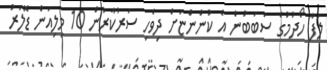
ލަފާ ހޯދުމުގެ ސަބަބުން އެ ކުންންޏަށް ދިވެހި ސަރުކާރުން 10 މިލިއަން ޑޮލަރު